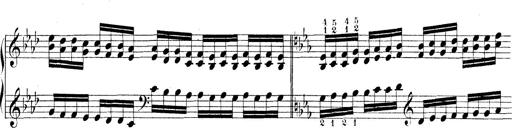
Title: Technische Studien
Composer: Franz Liszt